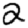
Digit: 2